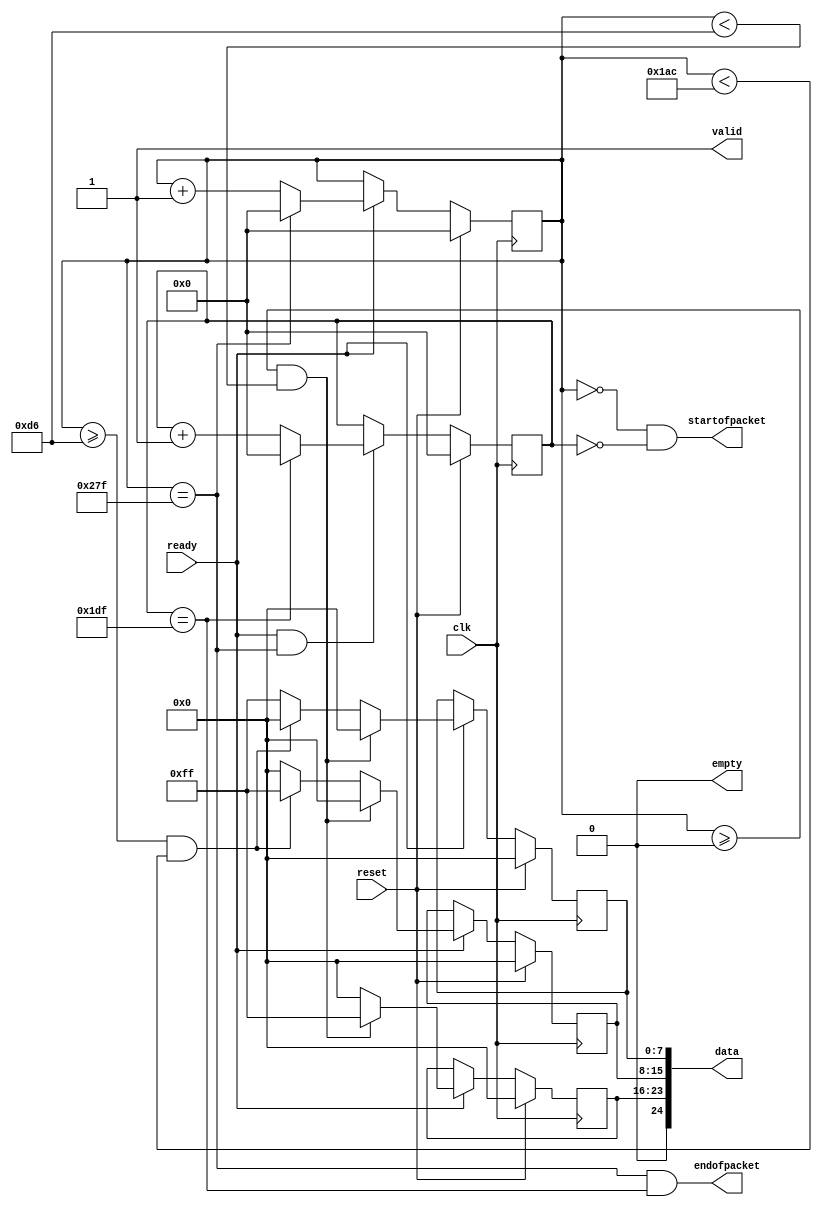
module ColorBarTest (

	// Inputs
	clk,
	reset,
	ready,
	
	// Bidirectional

	// Outputs
	data,
	startofpacket,
	endofpacket,
	empty,
	valid
);

/*****************************************************************************
 *                           Parameter Declarations                          *
 *****************************************************************************/

localparam  DW							= 24;

localparam  WIDTH						= 640;
localparam  HEIGHT					= 480;


/*****************************************************************************
 *                             Port Declarations                             *
 *****************************************************************************/

// Inputs
input				clk;
input				reset;
input						ready;

// Bidirectional

// Outputs
output		[DW:0]	data;
output					startofpacket;
output					endofpacket;
output					empty;
output					valid;

/*****************************************************************************
 *                 Internal Wires and Registers Declarations                 *
 *****************************************************************************/

reg			[ 7:0]	red;
reg			[ 7:0]	green;
reg			[ 7:0]	blue;

// Internal Registers
reg			[9:0]		x;
reg			[9:0]		y;


// Internal Registers

// X position counter
always @(posedge clk)
begin

	if (reset)

		x <= 'h0;					// On reset we start a x: 0, y: 0

	else if (ready)				// We only shift a pixel if downstream is ready for it
	begin
		if (x == (WIDTH - 1))
			x <= 'h0;
		else
			x <= x + 1'b1;
	end
end

// Y position counter
always @(posedge clk)
begin

	if (reset)

		y <= 'h0;					// On reset we start a x: 0, y: 0

	// We only shift a pixel if downstream is ready for it
	// We only shift a row if we are at the end of the line
	else if (ready && (x == (WIDTH - 1)))
	begin
		if (y == (HEIGHT - 1))
			y <= 'h0;
		else
			y <= y + 1'b1;
	end
end

// Color selector
always @(posedge clk)
begin

	if (reset)
	begin
		red 	<= 8'h0;
		green <= 8'h0;
		blue 	<= 8'h0;
	end
	else if (ready)
	begin

		// Simple 3 color bars
	
		if ((x >= 0) && (x < 214))
		begin
			red 	<= 8'hFF;
			green <= 8'h00;
			blue 	<= 8'h00;
		end
		else if ((x >= 214) && (x < 428))
		begin
			red 	<= 8'h00;
			green <= 8'hFF;
			blue 	<= 8'h00;
		end
		else
		begin
			red 	<= 8'h00;
			green <= 8'h00;
			blue 	<= 8'hFF;
		end


	end
end

/*****************************************************************************
 *                            Combinational Logic                            *
 *****************************************************************************/

assign data				= {red, green, blue};
assign startofpacket	= (x == 0) & (y == 0);
assign endofpacket	= (x == (WIDTH - 1)) & (y == (HEIGHT - 1));
assign empty			= 1'b0;
assign valid			= 1'b1;

endmodule